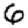
Digit: 6